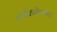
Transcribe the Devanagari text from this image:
मोतीहारीपर्यंत